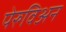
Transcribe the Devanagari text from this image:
पेरुविअन